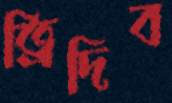
ত্রিদিব